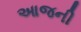
આજની